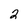
Character: 2